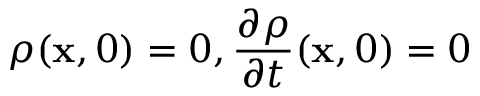
\displaystyle \rho ( \mathbf { x } , 0 ) = 0 , \frac { \partial \rho } { \partial t } ( \mathbf { x } , 0 ) = 0